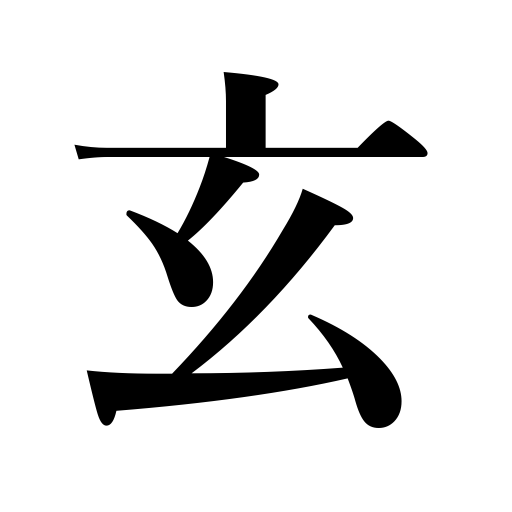
Meanings: occultness,mystery,black